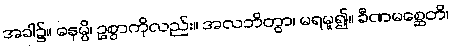
အခါ၌။ ဓနမ္ပိ၊ ဥစ္စာကိုလည်း။ အလဘိတွာ၊ မရမူ၍။ ခီဏမစ္ဆေတိ၊